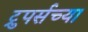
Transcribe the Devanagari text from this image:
ट्रुपर्सच्या